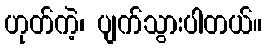
ဟုတ်ကဲ့၊ ပျက်သွားပါတယ်။